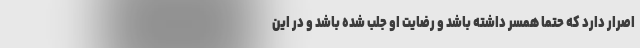
اصرار دارد که حتما همسر داشته باشد و رضایت او جلب شده باشد و در این